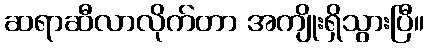
ဆရာဆီလာလိုက်တာ အကျိုးရှိသွားပြီ။